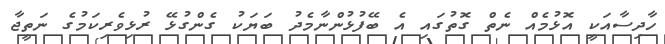
ހާދިސާއަކީ އޮޅުމެއް ނެތް ގޮތުގައި އެ ބޭފުޅުންނާމެދު ބަޔަކު ގެންގުޅޭ ރުޅިވެރިކަމުގެ ނަތީޖާ